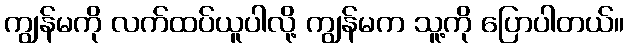
ကျွန်မကို လက်ထပ်ယူပါလို့ ကျွန်မက သူ့ကို ပြောပါတယ်။